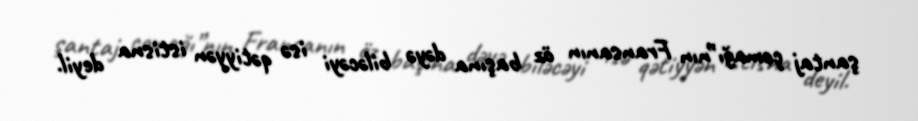
şantaj çomağı”nın Fransanın öz başına dəyə biləcəyi isə qətiyyən istisna deyil.